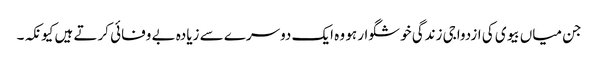
جن میاں بیوی کی ازدواجی زندگی خوشگوار ہو وہ ایک دوسرے سے زیادہ بے وفائی کرتے ہیں کیونکہ۔